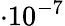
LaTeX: \cdot 10^{-7}